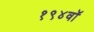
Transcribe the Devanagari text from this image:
१९४वॉ